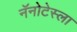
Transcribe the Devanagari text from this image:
नॅनोटेस्ला